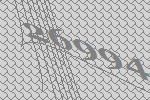
26994